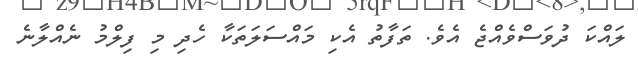
ލައްކަ ދުވަސްވެއްޖެ އެވެ. ތަފާތު އެކި މައްސަލަތަކާ ހެދި މި ފިލްމު ނެއްލާނެ